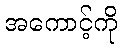
အကောင့်ကို